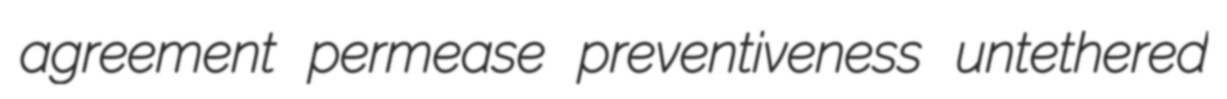
agreement permease preventiveness untethered